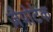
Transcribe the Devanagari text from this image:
ज़ैपोटेक